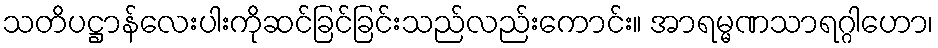
သတိပဋ္ဌာန်လေးပါးကိုဆင်ခြင်ခြင်းသည်လည်းကောင်း။ အာရမ္မဏသာရဂ္ဂါဟော၊